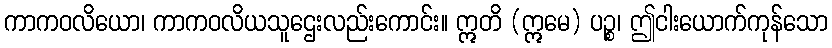
ကာကဝလိယော၊ ကာကဝလိယသူဌေးလည်းကောင်း။ ဣတိ (ဣမေ) ပဉ္စ၊ ဤငါးယောက်ကုန်သော